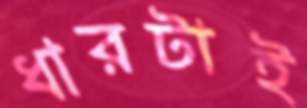
ধারটাই